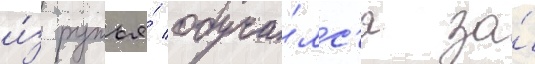
и́з ружья́ обуча́лс'я за́